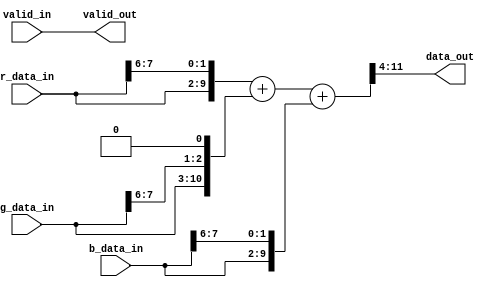

module do_black_white
(
    // Sink side
    r_data_in,
    g_data_in,
    b_data_in,
    valid_in,

    // Source side
    data_out,
    valid_out
);

    //*******************************************************************************************//
    //                                      Parameters                                           //
    //*******************************************************************************************//
    parameter   DATA_WIDTH      =   8;
    
    //*******************************************************************************************//
    //                                      Localparams                                          //
    //*******************************************************************************************//
    localparam  IN_WIDTH         =   DATA_WIDTH;
    localparam  OUT_WIDTH        =   DATA_WIDTH;
    
    //*******************************************************************************************//
    //                                      Inputs                                               //
    //*******************************************************************************************//
    // Sink side
    input   [IN_WIDTH-1:0]      r_data_in;
    input   [IN_WIDTH-1:0]      g_data_in;
    input   [IN_WIDTH-1:0]      b_data_in;
    input                       valid_in;
    
    //*******************************************************************************************//
    //                                     Outputs                                               //
    //*******************************************************************************************//
    // Source side
    output  [OUT_WIDTH-1:0]     data_out;
    output                      valid_out;

    
    //*******************************************************************************************//
    //                                     Signal declarations                                   //
    //*******************************************************************************************//
    // Register declarations
    //reg     [OUT_WIDTH-1:0]     out_data;
	wire		[ 9: 0]	r;
	wire		[ 9: 0]	g;
	wire		[ 9: 0]	b;
	wire		[11: 0]	average_color;	
    //*******************************************************************************************//
    //                         Architecture: Connecting the input/output ports                   //
    //*******************************************************************************************//
	assign r = {r_data_in[7: 0], r_data_in [7: 6]};
	assign g = {g_data_in[ 7: 0], g_data_in [7: 6]};
	assign b = {b_data_in[ 7: 0], b_data_in[ 7: 6]};
	assign average_color = {2'h0, r} + {1'b0, g, 1'b0} + {2'h0, b};
	assign data_out = average_color[11:4];
    /*always@(r_data_in,g_data_in,b_data_in,valid_in)
    begin
        if(valid_in==1'b1) begin
            out_data    <=  average_color[11:4];//(r_data_in + g_data_in + b_data_in)/3;
        end
        else begin
            out_data    <=  {OUT_WIDTH{1'b0}};
        end
    end
*/
    //*******************************************************************************************//
    //                   Architecture: Connecting the output port                                //
    //*******************************************************************************************//
    //assign  data_out    = out_data;
    assign  valid_out   = valid_in;
endmodule